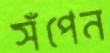
সঁপেন